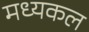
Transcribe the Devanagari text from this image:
मध्यकल